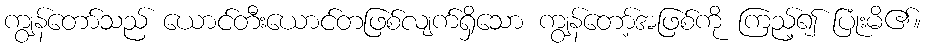
ကျွန်တော်သည် ယောင်တီးယောင်တဖြစ်လျက်ရှိသော ကျွန်တော့်အဖြစ်ကို ကြည့်၍ ပြုံးမိ၏။